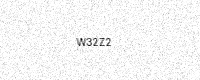
Text: W32Z2